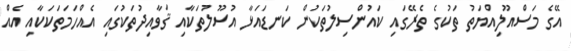
އޭގެ މަސްއޫލިއްޔަތު ތަކުގެ ތެރޭގައިި ކައުންސިލުތަކުން ކަނޑައަޅާ އުސޫލުތަކާއި ޤަވާއިދުތަކުގައި އެއްހަމަތަކަކާއި އެއް